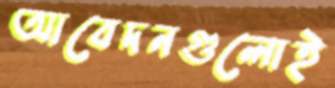
আবেদনগুলোই